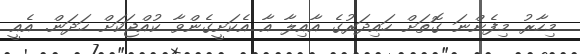
މިހާރު މިފެންނަ ގޮތަށް ހައިދަރުގެ އާއިލާ އާ އެކަށީގެންވާ ކުއްޖަކަށް ހަދަން. އެއީ